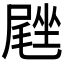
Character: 𪨙